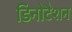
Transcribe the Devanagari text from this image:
डिनोटैशन